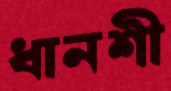
ধানশী